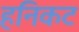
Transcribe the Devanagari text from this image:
हनिकट